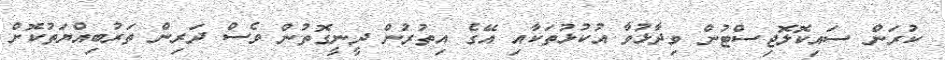
ކުރަން ސައިކޮލޮޖިސްޓުން ވިދާޅުވާ އުކުޅުތަކާއި އޭގެ އިތުރުން ދީނީގޮތުން ވެސް ދަރިން ތަރުބިއްޔަތުކޮށް